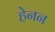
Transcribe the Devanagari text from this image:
हेनन